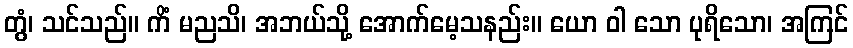
တွံ၊ သင်သည်။ ကိံ မညသိ၊ အဘယ်သို့ အောက်မေ့သနည်း။ ယော ဝါ သော ပုရိသော၊ အကြင်